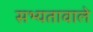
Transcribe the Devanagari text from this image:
सभ्यतावाले